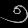
Digit: ၅